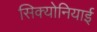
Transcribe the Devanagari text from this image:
सिक्योनियाई